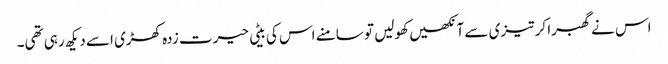
اس نے گھبرا کر تیزی سے آنکھیں کھولیں تو سامنے اس کی بیٹی حیرت زدہ کھڑی اسے دیکھ رہی تھی۔